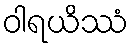
ဝါရယိဿံ